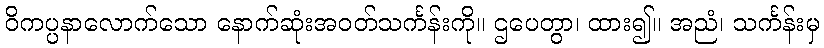
ဝိကပ္ပနာလောက်သော နောက်ဆုံးအဝတ်သင်္ကန်းကို။ ဌပေတွာ၊ ထား၍။ အညံ၊ သင်္ကန်းမှ